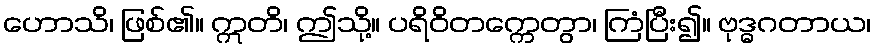
ဟောသိ၊ ဖြစ်၏။ ဣတိ၊ ဤသို့။ ပရိဝိတက္ကေတွာ၊ ကြံပြီး၍။ ဗုဒ္ဓဂတာယ၊